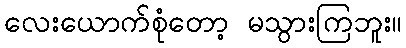
လေးယောက်စုံတော့ မသွားကြဘူး။